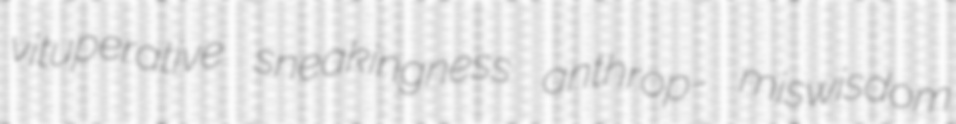
vituperative sneakingness anthrop- miswisdom